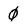
Character: 0